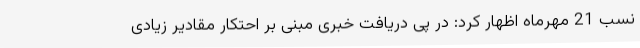
نسب 21 مهرماه اظهار کرد: در پی دریافت خبری مبنی بر احتکار مقادیر زیادی